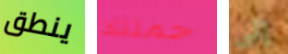
ينطق حملتك إلى